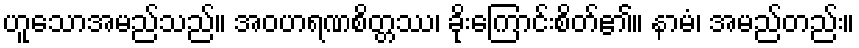
ဟူသောအမည်သည်။ အဝဟရဏစိတ္တဿ၊ ခိုးကြောင်းစိတ်၏။ နာမံ၊ အမည်တည်း။